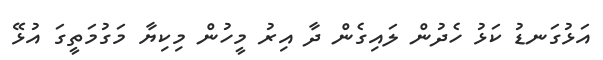
އަޅުގަނޑު ކަޅު ހެދުން ލައިގެން ދާ އިރު މީހުން މިކިޔާ މަގުމަތީގަ އުޅޭ